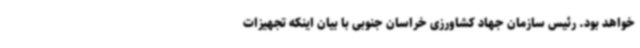
خواهد بود. رئیس سازمان جهاد کشاورزی خراسان جنوبی با بیان اینکه تجهیزات